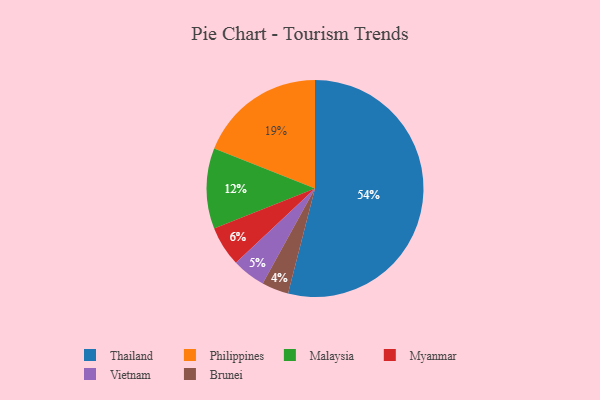
{"axis": {"x": "Category", "y": "Percentage"}, "legend": ["Brunei", "Malaysia", "Myanmar", "Philippines", "Thailand", "Vietnam"], "data": [{"x": "Myanmar", "y": 6, "type": "Myanmar"}, {"x": "Philippines", "y": 19, "type": "Philippines"}, {"x": "Thailand", "y": 54, "type": "Thailand"}, {"x": "Brunei", "y": 4, "type": "Brunei"}, {"x": "Vietnam", "y": 5, "type": "Vietnam"}, {"x": "Malaysia", "y": 12, "type": "Malaysia"}]}